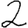
Digit: 2